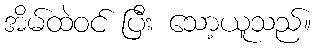
အိမ်ထဲဝင် ပြီး သော့ယူသည်။